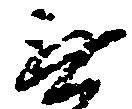
無